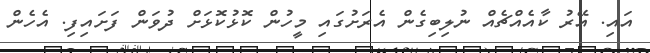
އައި. އޭރު ކާއެއްޗެއް ނުލިބިގެން އެރަށުގައި މީހުން ކޮޅުކޮޅަށް ދުވަން ފަށައިފި. އެހެން